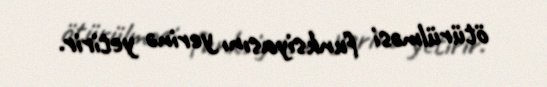
ötürülməsi funksiyasını yerinə yetirir.